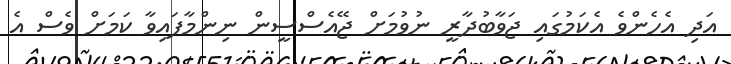
އަދި އެހެންވެ އެކަމުގައި ޖަވާބުދާރީ ނުވުމަށް ޖޭއެސްސީން ނިންމާފައިވާ ކަމަށް ވެސް އެ